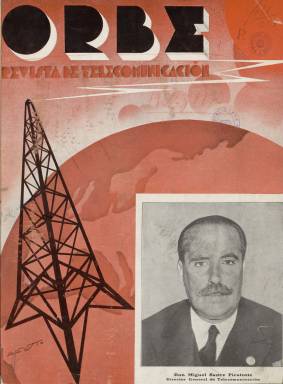
Título: Orbe (Madrid. 1932)
Colección: Comunicaciones
Ámbito geográfico: Madrid
Lugar de publicación: Madrid
Fechas: 01/10/1932-15/12/1933

Con el subtítulo “revista de telecomunicación” aparece su primer número el uno de octubre de 1932, siendo dirigida por Virgilio Soria Montenegro (1895-1964), en ese momento oficial del Cuerpo de Telégrafos, y apareciendo como director-técnico el ingeniero de telecomunicaciones Modesto Budi Mateo. Es órgano del Sindicato Nacional de Telégrafos, apareciendo este en la cabecera como propietario de la revista a partir del uno de marzo de 1933 (número 11). Su propósito fue contribuir al desarrollo y perfeccionamiento de las telecomunicaciones en España (telégrafo, teléfono y radiodifusión), que a su juicio se encontraba en una situación deficiente. Señala la revista que por vez primera se estableció en Europa el servicio regular de radiodifusión en diciembre de 1919, y que en todo el mundo existía ya al comenzar la década de los treinta unos 138 millones de oyentes, por lo que, desde esta publicación, se interesa a la Administración por el establecimiento de un plan nacional de radiodifusión y el establecimiento de una red de estaciones (emisoras) de radio en todo el país. También la revista procura elevar el nivel técnico de las telecomunicaciones, así como llevar a cabo una intensa labor de enseñanza, difundiendo de manera sistemática los conocimientos técnicos precisos, tal como se indica en su artículo de presentación.

En entregas en torno a las cuarenta páginas, compuestas a dos y tres columnas, con una cubierta estampada con tinta de color y con un retrato fotográfico de personalidades públicas vinculadas con las telecomunicaciones, como políticos, profesores o inventores, aparecía los días uno y quince de cada mes, usando para su impresión el papel cuché. Comienza cada número con un editorial, y en sus páginas publicará artículos de carácter técnico, pero también histórico, así como noticias sobre el establecimiento de las distintas emisoras radiofónicas en las principales ciudades españolas. También se preocupa por el desarrollo legislativo del sector, como el proyecto de radiodifusión nacional, y se hará eco de las conferencias internacionales de Telegrafía y Radiotelegrafía, y de las diversas organizaciones internacionales que se van implantando. Inserta fotograbados, así como dibujos y esquemas técnicos, y publicidad comercial de empresas como Philips o Standard Eléctrica, entre otras.

Además del citado Budi Mateo, entre los autores de sus textos aparecen los nombres de otros ingenieros, como Ramón Miguel Nieto, jefe del Laboratorio de la Dirección General de Telecomunicación; Emilio de Andrés, Estanislao Rodríguez, Carlos Vidal y García, Luis Cáceres, J.R. Gopegui, F. Riaza Rubio, Emilio Andrés, Pedro Maffei, A.G. Argüeso, Luis Cáceres o Julio Bayona, así como Pedro Llabrés J. Pastor Williams, Estanislao Rodríguez, Enrique Gastardi, Natalio López, Antonio Sagrario Rocafort o E. Löfgren. El dibujante Bluff introducía una nota cómica.

En sus páginas aparecen textos sobre la ocupación del espacio por las ondas eléctricas, los sistemas fototelegráficos, las bandas de frecuencia de la radiodifusión, consideraciones sobre el establecimiento de una emisora nacional, historia y generalidades de la televisión, teoría de los métodos fotográficos de reproducción del sonido, un curso elemental de radiotecnia y sus aplicaciones, el mando único en los radioreceptores, eliminación del zumbido en los receptores de radiodifusión, instrumentos de música radioléctricos, listas de nuevas frecuencias, o sobre las emisoras EAJS Unión Radio San Sebastián y la E.A.J. 19 Radio Asturias, la radiotelefonía en Francia, las válvulas gigantes de 300 kw, la evolución del tubo electrónico o el telecinema, entre otros diversos asuntos.

La colección de este título en la Biblioteca Nacional de España (BNE) acaba en el número 30, de 15 de diciembre de 1933, pero siguió publicándose hasta el 15 de febrero de 1934. Un grupo de sus redactores se separara entonces y funda la revista Electrón, que comienza a salir el mes de marzo, en la que intervienen, entre otros, los citados Virgilio Soria y Modesto Budi, apareciendo con un diseño igual que su antecesora, integrando también la colección hemerográfica y digital de la BNE.